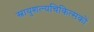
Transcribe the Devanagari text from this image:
स्नायुशल्यचिकित्सकों